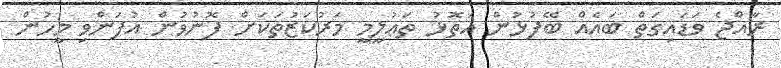
ރާއްޖެ ވަޑައިގަތް ބައެއް ބޭފުޅުން އަތޮޅު ތަޢުލީމީ މަރުކަޒުތަކަށް ފޮނުވުން އުފަންވި މީހުން